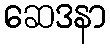
ဆေဒနာ